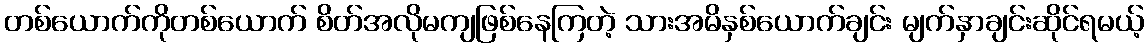
တစ်ယောက်ကိုတစ်ယောက် စိတ်အလိုမကျဖြစ်နေကြတဲ့ သားအမိနှစ်ယောက်ချင်း မျက်နှာချင်းဆိုင်ရမယ့်